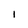
Character: 1